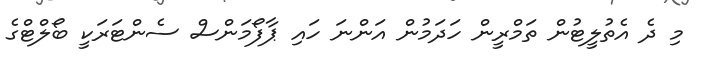
މި ދެ އެތުލީޓުން ތަމްރީން ހަދަމުން އަންނަ ހައި ޕާފޯމަންސް ސެންޓަރަކީ ބޯލްޓްގެ